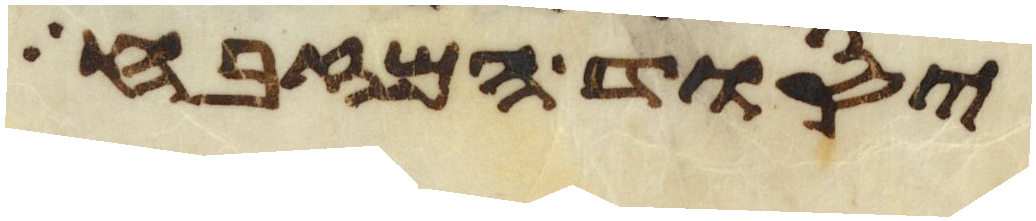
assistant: יסוד המזבח